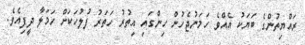
ރައްޔިތުންގެ ބަޔަކު އެއްވެ ހަމަނުޖެހުން ހިންގައި އިތުރު ހަތަރު ފުލުހަކަށް ހަމަލާ ދީފިއެވެ.